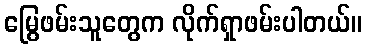
မြွေဖမ်းသူတွေက လိုက်ရှာဖမ်းပါတယ်။